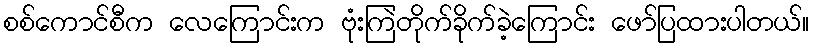
စစ်ကောင်စီက လေကြောင်းက ဗုံးကြဲတိုက်ခိုက်ခဲ့ကြောင်း ဖော်ပြထားပါတယ်။